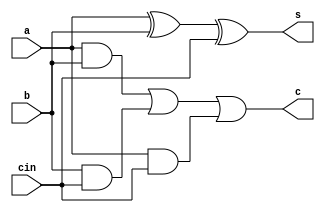
//Evaluate the following binary addition on worksheet.Simulate the same using verilog programming and upload on ums. 1101+1001
module fulladder(a, b, cin, s, c);
    input a;
    input b;
    input cin;
    output s;
    output c;
    wire w1,w2,w3;

xor(s,a,b,cin);
and(w1,a,b);
and(w2,b,cin);
and(w3,a,cin);
or(c,w1,w2,w3);

endmodule


module fourbitadder(a,b,cin,s,c);

input [3:0]a ;
input [3:0]b ;
input cin ;
output [3:0]s;
output c;
wire c1,c2,c3;

fulladder f2(a[0], b[0], cin, s[0], c1);
fulladder f3(a[1], b[1], c1,  s[1], c2);
fulladder f4(a[2], b[2], c2,  s[2], c3);
fulladder f5(a[3], b[3], c3,  s[3], c );

endmodule

module test_fourbitadder;
reg [3:0]a;
reg [3:0]b;
reg cin;
wire [3:0]s;
wire c;

fourbitadder b1(a,b,cin,s,c);
initial begin 
$monitor("sum is %b carry is %b",s,c);

a=4'b1101;b=4'b1001;cin=4'b0000;
end
endmodule